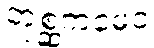
တုစ္ဆကမေဝ